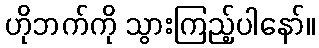
ဟိုဘက်ကို သွားကြည့်ပါနော်။